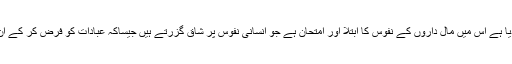
اللہ نے معاونت اور اتحاد و تعاون کا جو حکم دیا ہے اس میں مال داروں کے نفوس کا ابتلا اور امتحان ہے جو انسانی نفوس پر شاق گزرتے ہیں جیساکہ عبادات کو فرض کر کے ان کے جسموں کو ابتلا اور امتحان میں مبتلا کیا۔